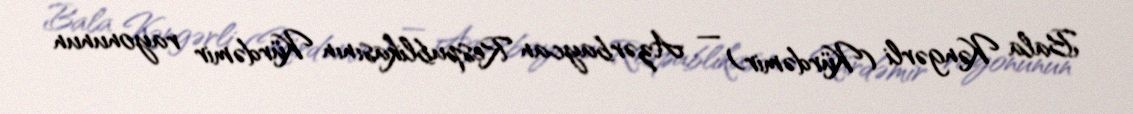
Bala Kəngərli (Kürdəmir) — Azərbaycan Respublikasının Kürdəmir rayonunun